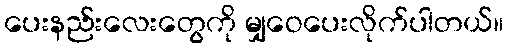
ပေးနည်းလေးတွေကို မျှဝေပေးလိုက်ပါတယ်။